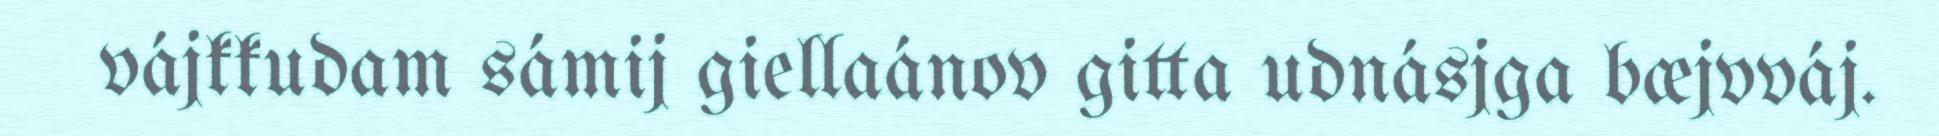
vájkkudam sámij giellaánov gitta udnásjga bæjvváj.